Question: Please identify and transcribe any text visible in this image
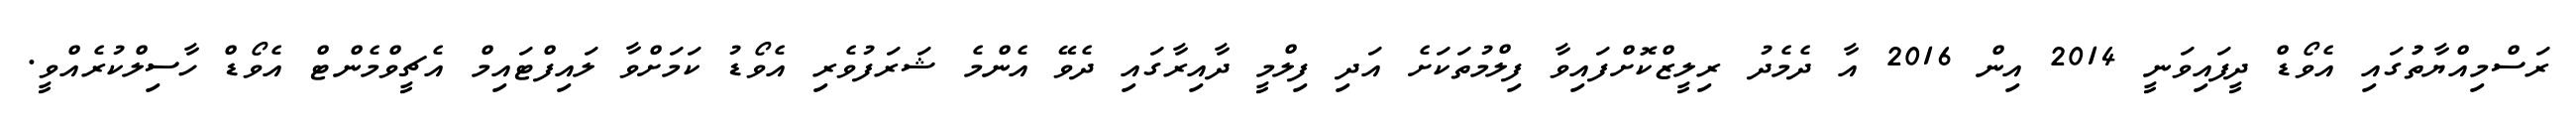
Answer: ރަސްމިއްޔާތުުގައި އެވޯޑް ދީފައިވަނީ 2014 އިން 2016 އާ ދެމެދު ރިލީޒްކޮށްފައިވާ ފިލްމުތަކަށެ އަދި ފިލްމީ ދާއިރާގައި ދެވޭ އެންމެ ޝަރަފުވެރި އެވޯޑު ކަމަށްވާ ލައިފްޓައިމް އެޗީވްމެންޓް އެވޯޑް ހާސިލްކުރެއްވީ.